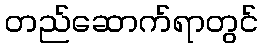
တည်ဆောက်ရာတွင်